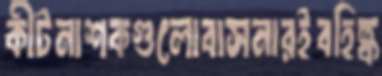
কীটনাশকগুলোবাসনারইবহিষ্ক